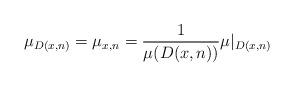
LaTeX: \begin{align*}\mu_{D(x,n)}=\mu_{x,n}=\frac{1}{\mu(D(x,n))}\mu \vert_{D(x,n)} \end{align*}